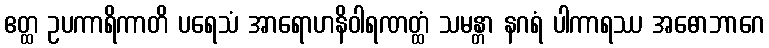
ဧတ္ထ ဥပကာရိကာတိ ပရေသံ အာရောဟနိဝါရဏတ္ထံ သမန္တာ နဂရံ ပါကာရဿ အဓောဘာဂေ